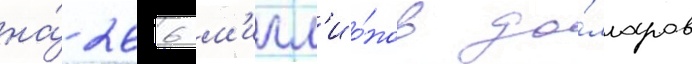
на́ 266 м'илл'ио́нов до́лларов